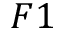
F 1